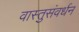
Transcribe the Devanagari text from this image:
वास्तुसंवर्धन